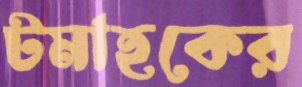
টমাহকের